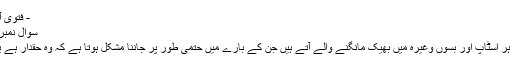
- فتویٰ آن لائن
سوال نمبر:833
آج کل ہر اسٹاپ اور بسوں وغیرہ میں بھیک مانگنے والے آتے ہیں جن کے بارے میں حتمی طور پر جاننا مشکل ہوتا ہے کہ وہ حقدار ہے یا نہیں۔